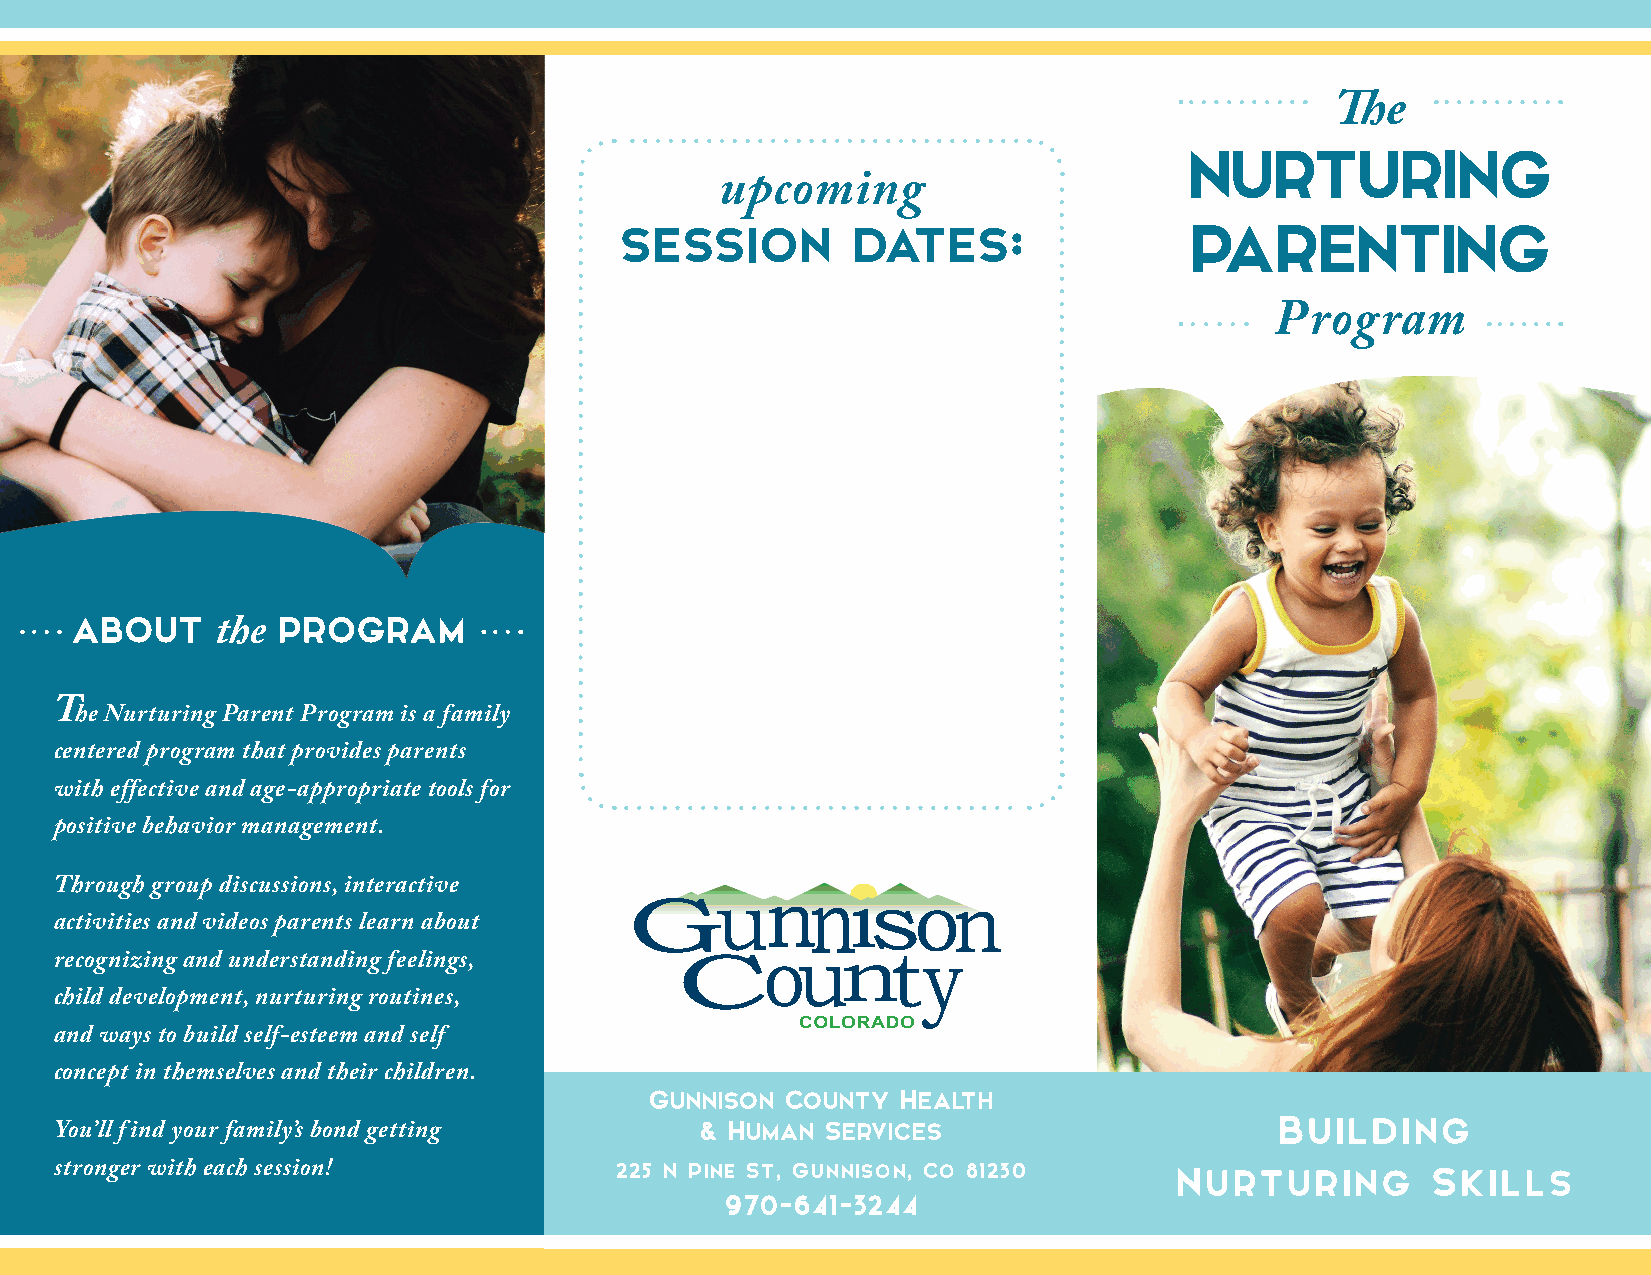
The
 NURTURING
 upcoming
 session        dates:                 PARENTING
 Program
 about        program
 the
 The Nurturing Parent Program is a family
 centered program that provides parents
 with effective and age-appropriate tools for
 positive behavior management.
 Through group discussions, interactive
 activities and videos parents learn about
 recognizing and understanding feelings,
 child development, nurturing routines,
 and ways to build self-esteem and self
 concept in themselves and their children.
 Gunnison County  Health
 Building
 & Human  Services
 You’ll find your family’s bond getting
 225 N Pine St, Gunnison, Co 81230    Nurturing        Skills
 stronger with each session!
 970-641-3244